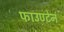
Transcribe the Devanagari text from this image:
फाउण्टेन